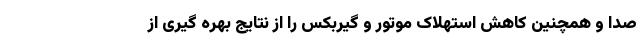
صدا و همچنین کاهش استهلاک موتور و گیربکس را از نتایج بهره گیری از